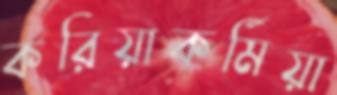
করিয়াকর্মিয়া